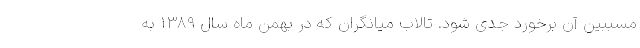
مسببین آن برخورد جدی شود. تالاب میانگران که در بهمن ماه سال ۱۳۸۹ به